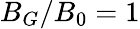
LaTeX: B_{G}/B_{0}=1